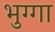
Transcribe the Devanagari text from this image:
भुग्गा